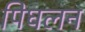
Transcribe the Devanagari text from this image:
पिघलन